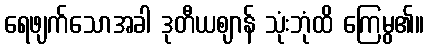
ရေဖျက်သောအခါ ဒုတီယဈာန် သုံးဘုံထိ ကြေမွ၏။